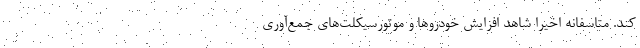
کند. متاسفانه اخیراً شاهد افزایش خودروها و موتورسیکلت‌های جمع‌آوری